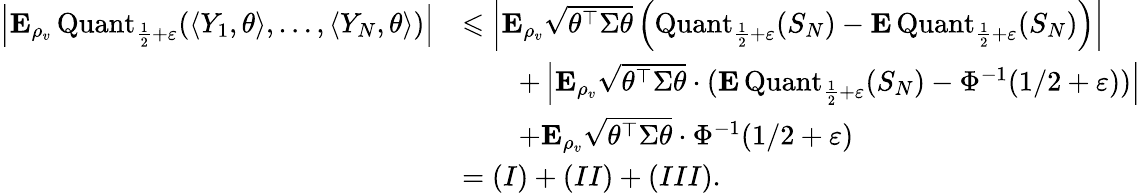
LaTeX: \begin{array}{rl}{\left|{\mathbf E}_{\rho_{v}}\operatorname{Quant}_{\frac{1}{2}+\varepsilon}(\langle Y_{1},\theta\rangle,\ldots,\langle Y_{N},\theta\rangle)\right|}&{\leqslant\left|{\mathbf E}_{\rho_{v}}\sqrt{\theta^{\top}\Sigma\theta}\left(\operatorname{Quant}_{\frac{1}{2}+\varepsilon}(S_{N})-{\mathbf E}\operatorname{Quant}_{\frac{1}{2}+\varepsilon}(S_{N})\right)\right|}\\ &{\qquad+\left|{\mathbf E}_{\rho_{v}}\sqrt{\theta^{\top}\Sigma\theta}\cdot({\mathbf E}\operatorname{Quant}_{\frac{1}{2}+\varepsilon}(S_{N})-\Phi^{-1}(1/2+\varepsilon))\right|}\\ &{\qquad+{\mathbf E}_{\rho_{v}}\sqrt{\theta^{\top}\Sigma\theta}\cdot\Phi^{-1}(1/2+\varepsilon)}\\ &{=(I)+(II)+(III).}\end{array}